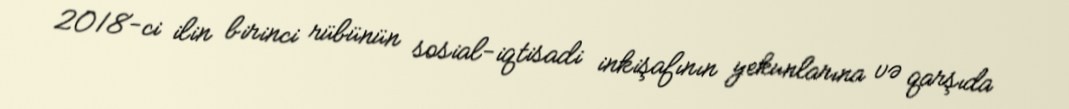
2018-ci ilin birinci rübünün sosial-iqtisadi inkişafının yekunlarına və qarşıda